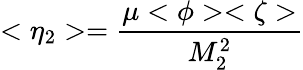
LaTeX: <\eta_{2}>={\frac{\mu<\phi><\zeta>}{M_{2}^{2}}}